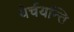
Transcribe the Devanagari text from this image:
येर्चयन्ति